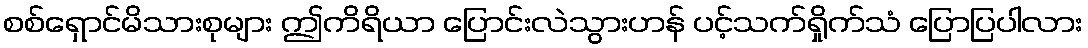
စစ်ရှောင်မိသားစုများ ဤကိရိယာ ပြောင်းလဲသွားဟန် ပင့်သက်ရှိုက်သံ ပြောပြပါလား